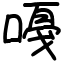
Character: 嘠